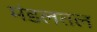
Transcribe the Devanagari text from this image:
मंडलतल